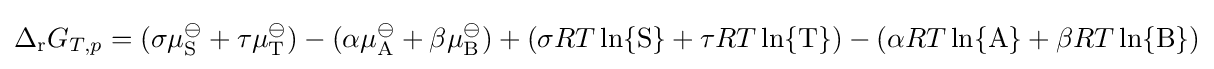
\Delta _{\mathrm {r} }G_{T,p}=(\sigma \mu _{\mathrm {S} }^{\ominus }+\tau \mu _{\mathrm {T} }^{\ominus })-(\alpha \mu _{\mathrm {A} }^{\ominus }+\beta \mu _{\mathrm {B} }^{\ominus })+(\sigma RT\ln\{\mathrm {S} \}+\tau RT\ln\{\mathrm {T} \})-(\alpha RT\ln\{\mathrm {A} \}+\beta RT\ln\{\mathrm {B} \})